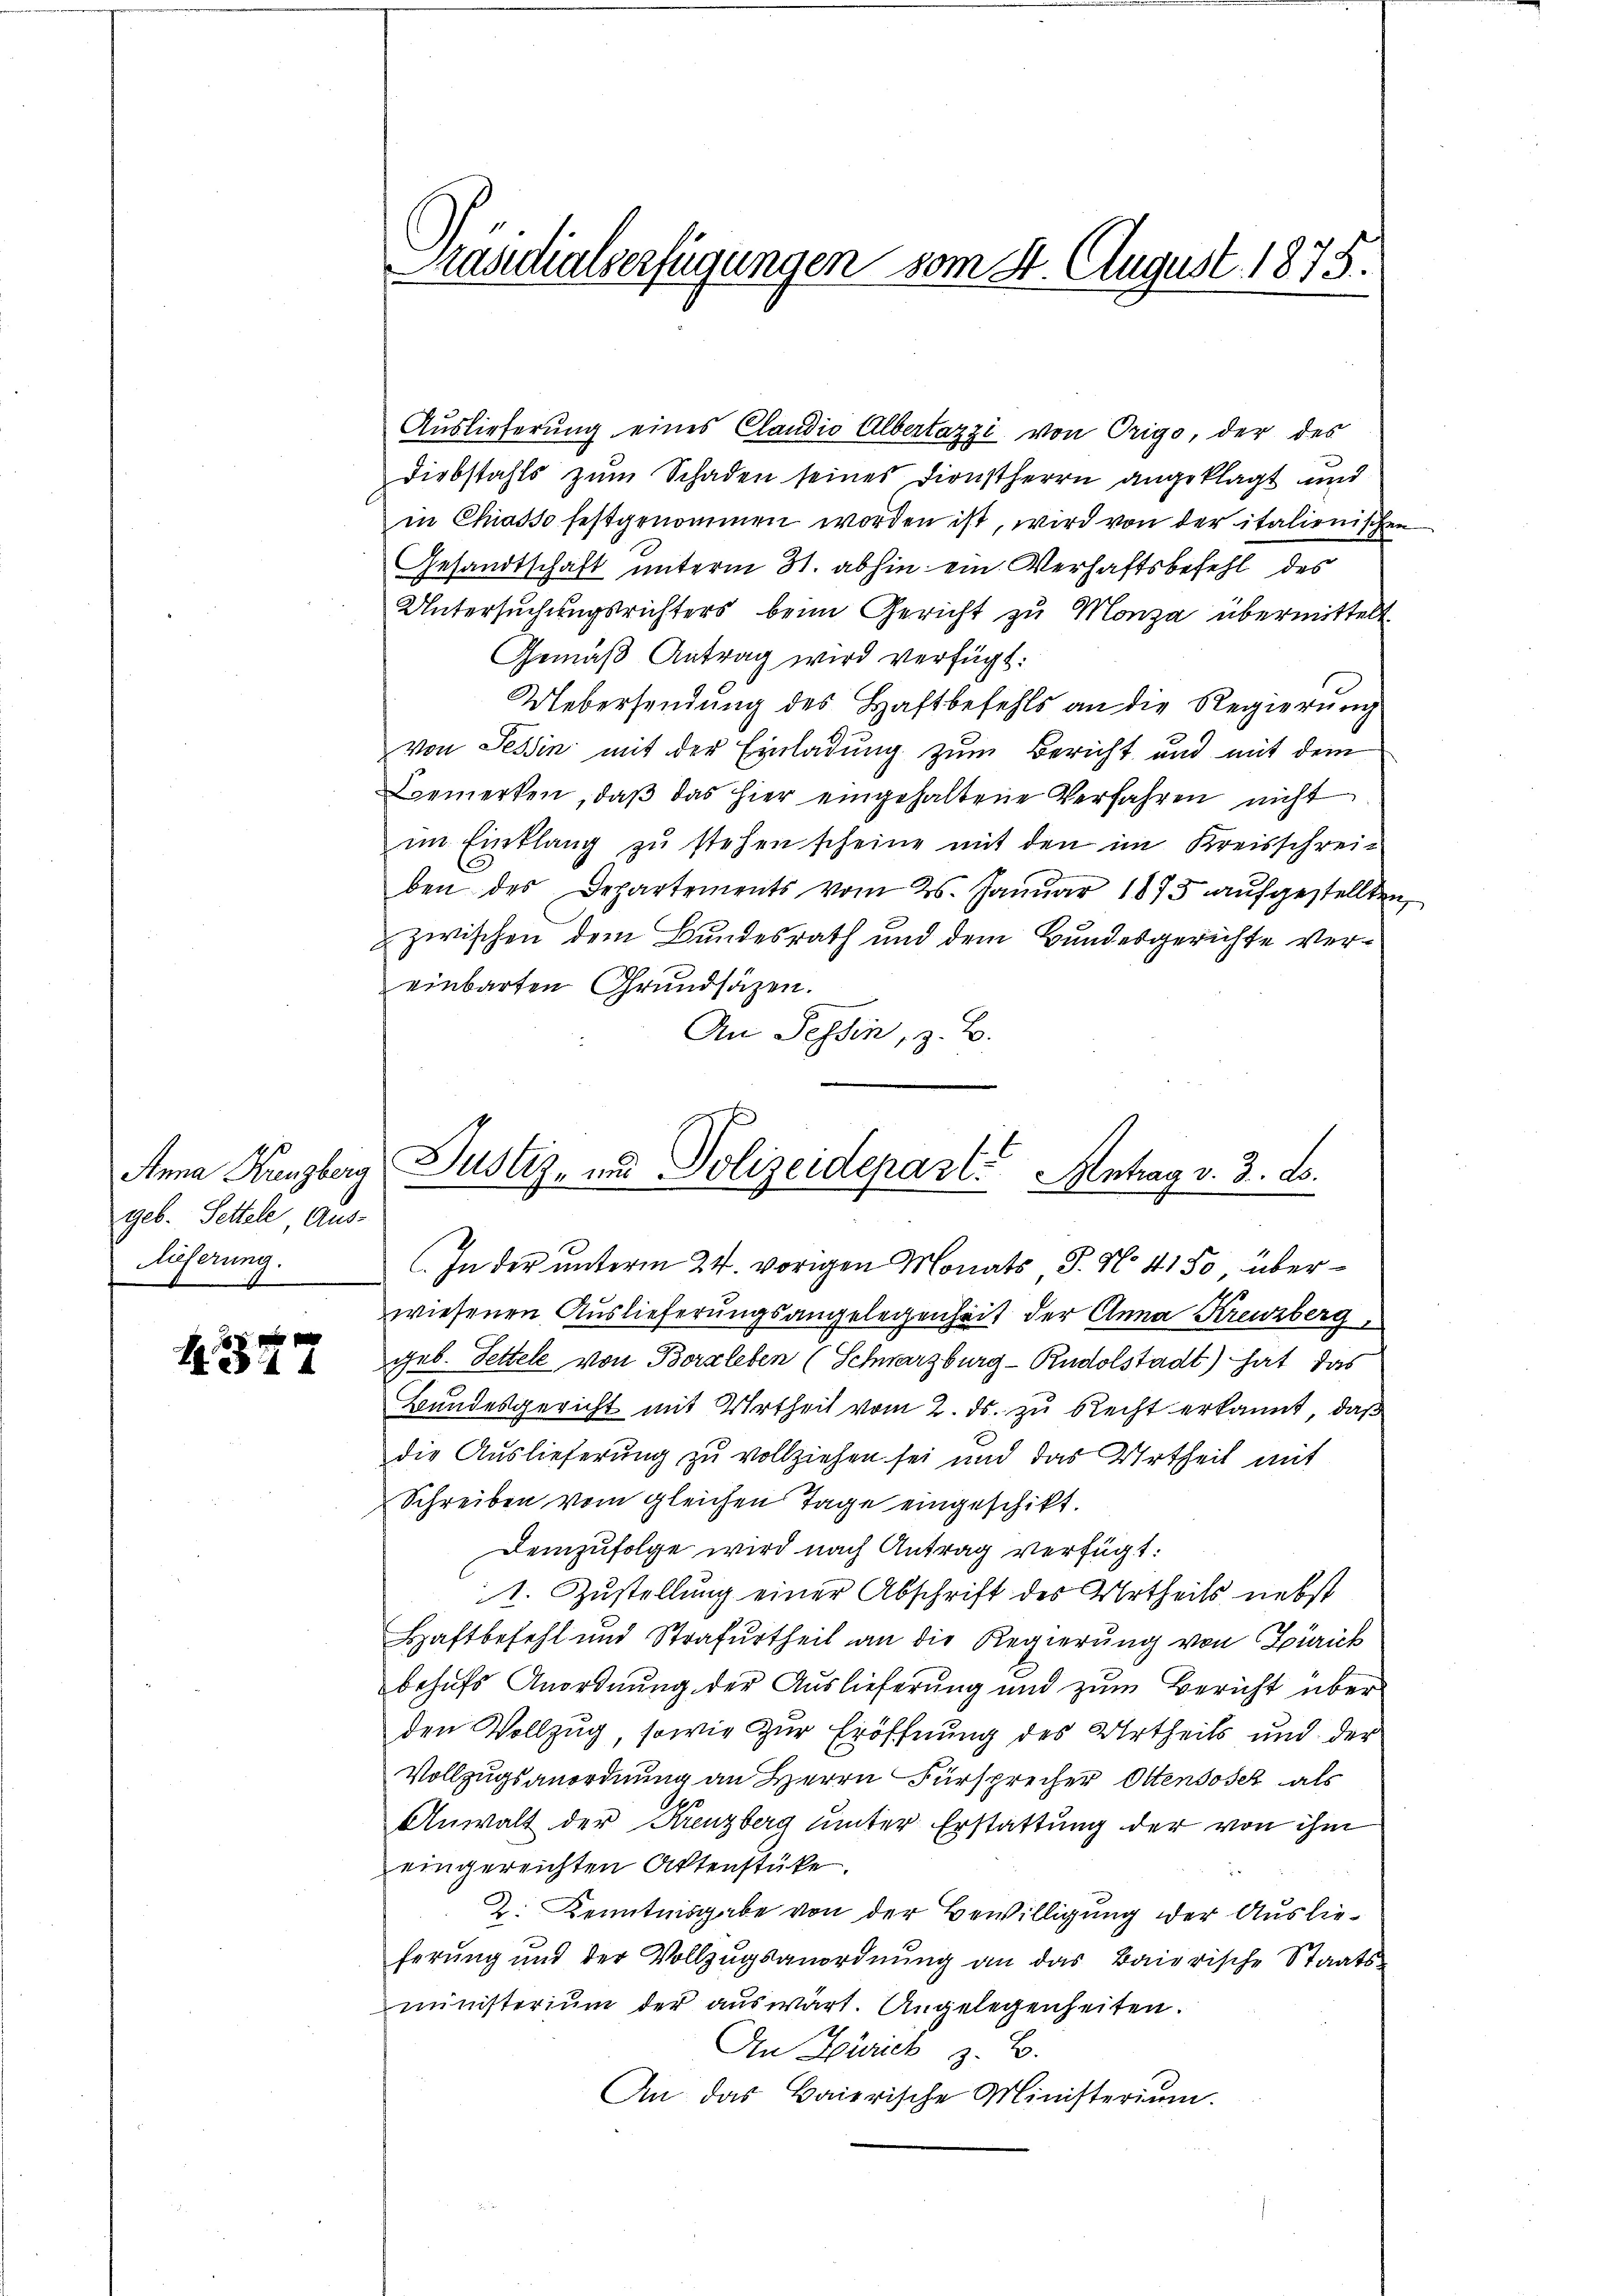
Anna Kreuzberg
geb. Settele Aus-
Aieferung.

6 x
A14

Präsidialverfügungen vom 4. August 1875.

Auslieferung eines Candio Albertazzi von Origo, der des
Diebstahls zum Schaden seines Dienstherrn angeklagt und
in Chiasso festgenommen worden ist, wird von der italienische
Gesandtschaft unterm 31. abhin ein Verhaftsbefehl des
Untersuchungsrichters beim Gericht zu Monza übermittelt
Gemäß Antrag wird verfügt:
Uebersendung des Haftbefehls an die Regierung
von Tessin mit der Einladung zum Bericht und mit dem
Bemerken, daβ das hier eingehaltene Verfahren nicht
im Einklang zŭ stehen scheine mit den im Kreisschrei-
ben des Departements vom 25. Januar 1875 aufgestellten
zwischen dem Bundesrath und dem Bundesgerichte vereinbarten Grundsätzen.
An Tessin, z. B.
In der unterm 24. vorigen Monats J. N. 4150, überwiesenen Auslieferungsangelegenheit der Anna Kreuzberg,
geb. Fettele von Borleben (Schwarzburg - Rudolstadt) hat, das
Bundesgericht mit Urtheil vom 2. ds. zu Recht erkannt, daß
die Auslieferung zu vollziehen sei und das Urtheil mit
Schreiben vom gleichen Tage eingeschikt.
Demzufolge wird nach Antrag verfügt:
1. Zustellung einer Abschrift des Urtheils nebst
Haftbefehl und Strafurtheil an die Regierung von Zürich
behufs Anordnung der Auslieferung und zum Bericht über
den Vollzug, sowie zur Eröffnung des Urtheils und der
Vollzugsanordnung an Herrn Fürsprecher Ottensoser als
Anwalt der Kreuzberg unter Erstattung der von ihm
eingereichten Aktenstüke.
2. Kenntnisgabe von der Bewilligung der Auslieferung und der Vollzugsanordnung an das Baierische Staatsministerium der auswärt. Angelegenheiten.
An Zürich z. B.
An das Baierische Ministerium.

Justiz- und Polizeidepart. Antrag v. 3. ds.